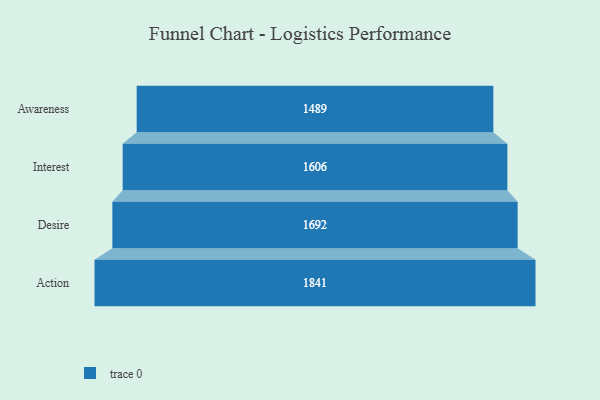
{"axis": {"x": "Stage", "y": "Value"}, "legend": [""], "data": [{"x": "Awareness", "y": 1489.0, "type": ""}, {"x": "Interest", "y": 1606.0, "type": ""}, {"x": "Desire", "y": 1692.0, "type": ""}, {"x": "Action", "y": 1841.0, "type": ""}]}